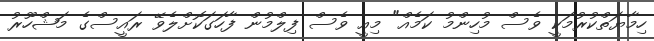
ހިމާޔަތްކުރުމަކީ ވެސް މުހިންމު ކަމެއް" މިއީ ވެސް ފިލްމުން ފާހަގަކޮށްލެވޭ ރައީސްގެ މަޝްހޫރު